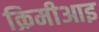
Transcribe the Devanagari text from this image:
क्रिमीआइ